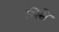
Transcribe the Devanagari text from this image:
सिसे